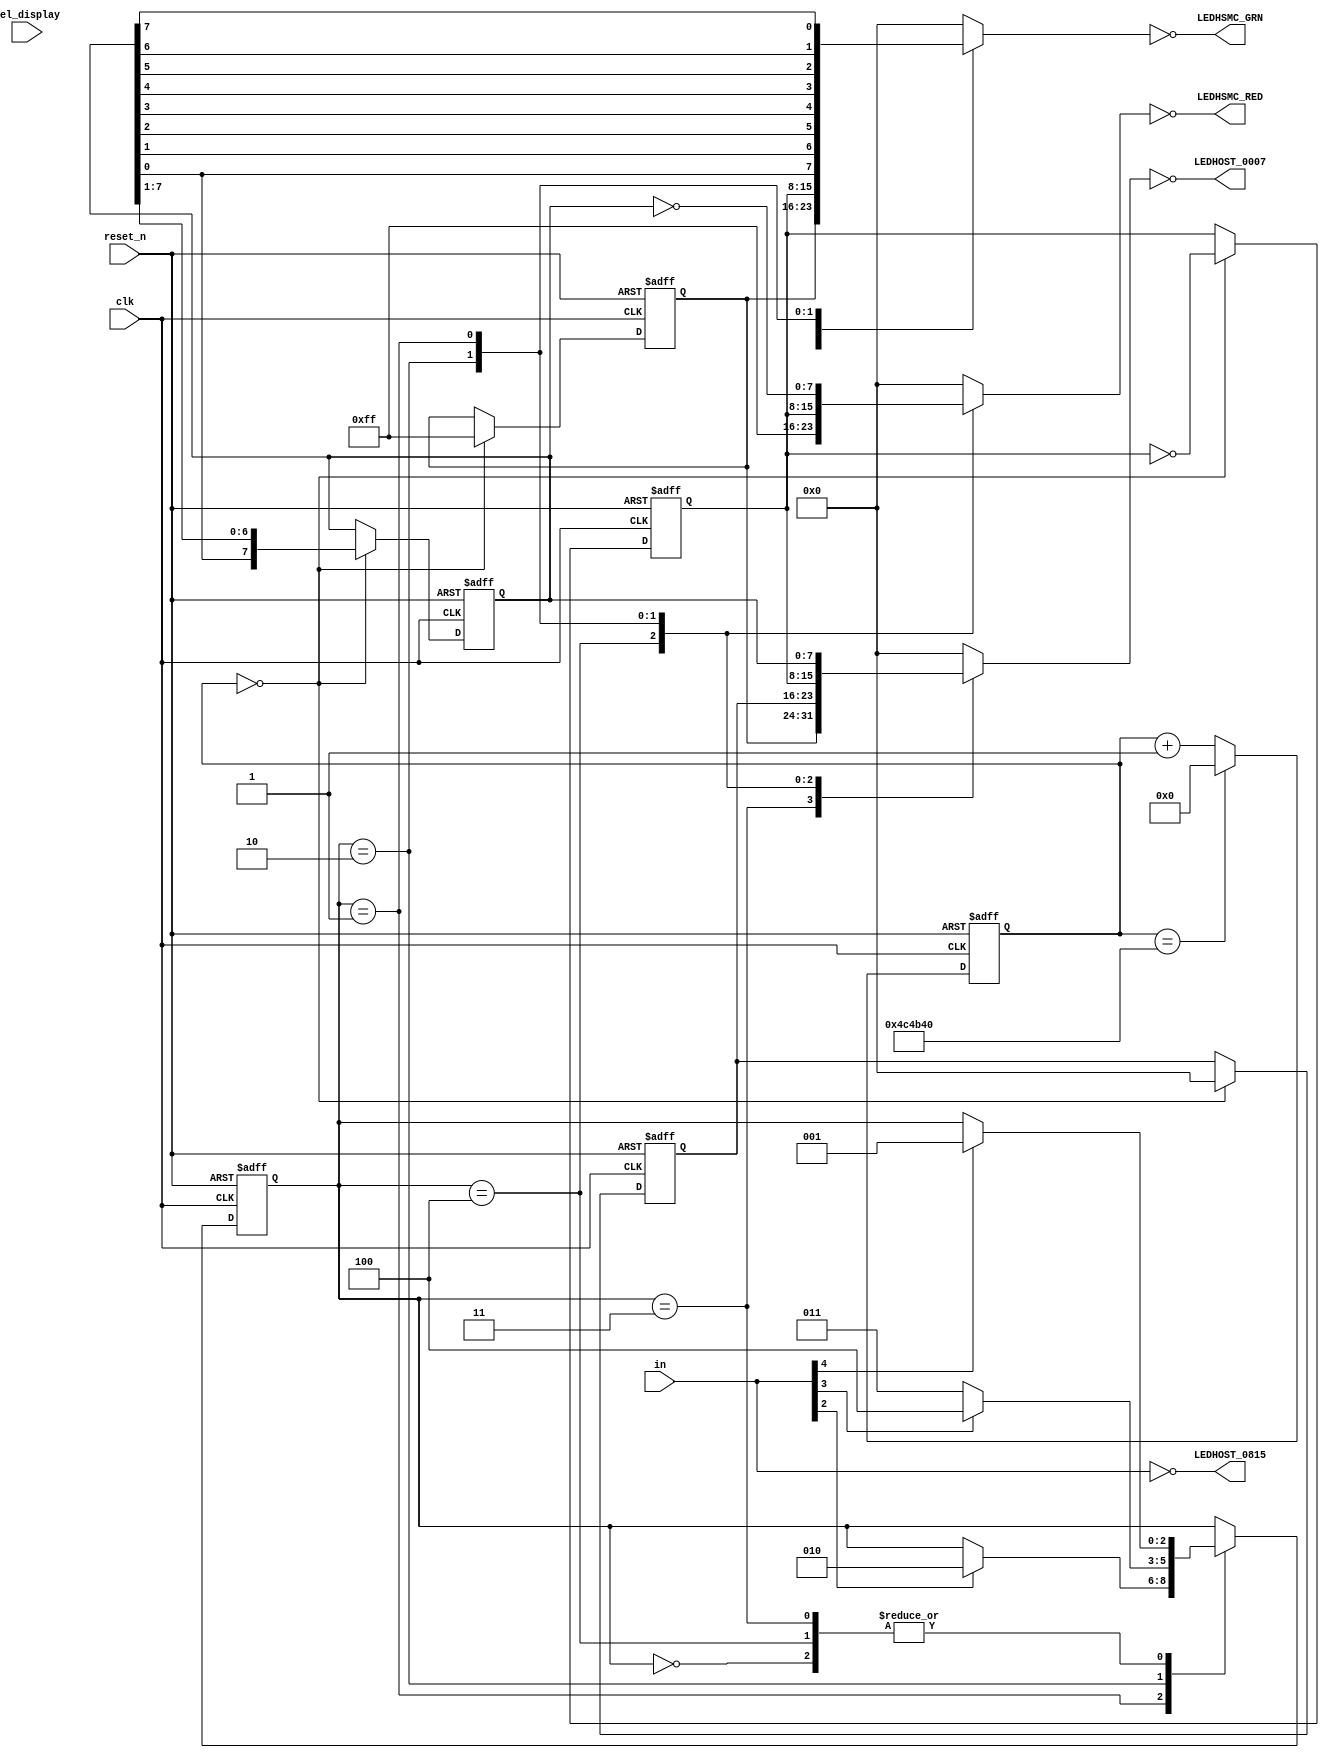
 // ________________________________________________________________
 //	LED Control module
 // ________________________________________________________________

 module LED_CONTROL 
        #(parameter INWIDTH = 8, 
	  parameter CLKDIV = 24'd5000000) 
        (
     	  input wire reset_n,
	  input wire clk,
	  input wire sel_display,
	  input wire [INWIDTH-1:0] in ,
	  output wire[7:0] LEDHSMC_GRN,
	  output wire[7:0] LEDHSMC_RED,
	  output wire[7:0] LEDHOST_0815,
	  output wire[7:0] LEDHOST_0007
	);


	 reg[7:0] LEDHOST_0815i;
	 reg[7:0] LEDHSMC_GRNi;
	 reg[7:0] LEDHSMC_REDi;
	 reg[7:0] LEDHOST_0007i;

	 assign LEDHOST_0815   = ~LEDHOST_0815i;
	 assign LEDHSMC_GRN    = ~LEDHSMC_GRNi;
	 assign LEDHSMC_RED    = ~LEDHSMC_REDi;
	 assign LEDHOST_0007   = ~LEDHOST_0007i;

	 wire 	sel_display_tmp,
	 	tx_pma_ready_data, 
		rx_pma_ready_data, 
		tx_pma_ready, 
		rx_pma_ready,
		mon_error,
		mon_done, 
		mon_active;

	//Jier change the bit order for 10G Base R Ref Design	
	 assign {sel_display_tmp,
		tx_pma_ready_data, 
		rx_pma_ready_data,
		mon_active,
		mon_error,
		mon_done, 
		tx_pma_ready, 
		rx_pma_ready} = in;


 // clock division
 // ___________________________________________

  reg[31:0] clkcnt;
  wire clken = (clkcnt == 32'd0);
  always@(posedge clk or negedge reset_n)
    begin
      if (~reset_n) clkcnt <= 32'd0;
      else if (clkcnt == CLKDIV) clkcnt <= 32'd0; else clkcnt <= clkcnt + 32'd1;
    end
 // ___________________________________________
 //

  reg[2:0] state, next_state;
  parameter IDLE = 3'd0, PROGRESS = 3'd1, WAIT = 3'd2, PASS = 3'd3, FAIL = 3'd4;

  always@(posedge clk or negedge reset_n)
    begin
      if (~reset_n) state <= IDLE;
      else state <= next_state;
    end

  always@(*)
    begin
	next_state = state;
	case(state)
           IDLE: if (mon_active) next_state = PROGRESS;
           PROGRESS: if (mon_done) next_state = WAIT;
           WAIT: if (mon_error) next_state = FAIL; else next_state = PASS;
           PASS: if (mon_active) next_state = PROGRESS;
           FAIL: if (mon_active) next_state = PROGRESS;
	   default: next_state = state;
	endcase
    end
  
 // ___________________________________________
 //
  reg[7:0] progress, attention, pass, fail;
  always@(posedge clk or negedge reset_n)
    begin
      if (~reset_n) begin
	 progress <= 8'h7f;
	 attention <= 8'd0;
	 pass <= 8'hff;
	 fail <= 8'h00;
      end
      else if (clken) begin
	 progress <= {progress[0], progress[7:1]}; 
	 attention <= ~attention;
	 pass <= 8'hff;
	 fail <= 8'h00;
      end
    end
 // ___________________________________________
 //

 wire[7:0] progress_reverse = {progress[0], progress[1], progress[2], progress[3], 
	   progress[4], progress[5], progress[6], progress[7]};
 always@(*)
   begin
	LEDHOST_0007i = 8'd0;
	LEDHSMC_REDi = 8'd0;
	LEDHSMC_GRNi = 8'd0;
	LEDHOST_0815i = in;
	case(state)
           IDLE: begin LEDHOST_0007i = 8'd0; LEDHSMC_REDi = 8'd0; LEDHSMC_GRNi = 8'd0; end 
           PASS: begin LEDHOST_0007i = pass; LEDHSMC_REDi = 8'd0; LEDHSMC_GRNi = pass; end
           FAIL: begin LEDHOST_0007i = fail; LEDHSMC_REDi = 8'hff; LEDHSMC_GRNi = 8'd0; end
           WAIT: begin LEDHOST_0007i = attention; LEDHSMC_REDi = attention; LEDHSMC_GRNi = attention; end
           PROGRESS: begin LEDHOST_0007i = progress; LEDHSMC_REDi = ~progress; LEDHSMC_GRNi = progress_reverse; end
	   default: LEDHOST_0815i = in;
	endcase
    end
  
 // ___________________________________________
 
 endmodule